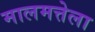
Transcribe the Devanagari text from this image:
मालमत्तेला